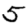
Digit: 5